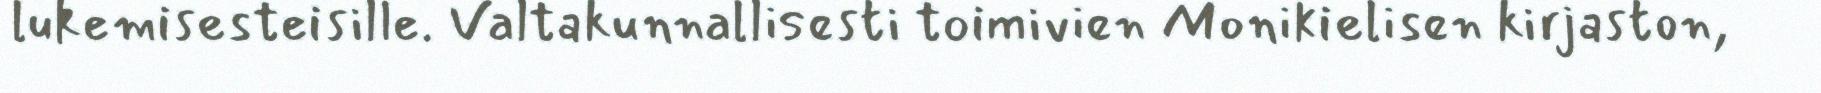
lukemisesteisille. Valtakunnallisesti toimivien Monikielisen kirjaston,